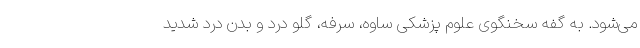
می‌شود. به گفه سخنگوی علوم پزشکی ساوه، سرفه، گلو درد و بدن‌ درد شدید